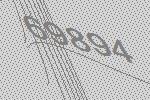
69894